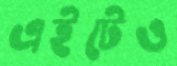
এইটেও